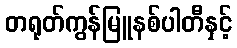
တရုတ်ကွန်မြူနစ်ပါတီနှင့်